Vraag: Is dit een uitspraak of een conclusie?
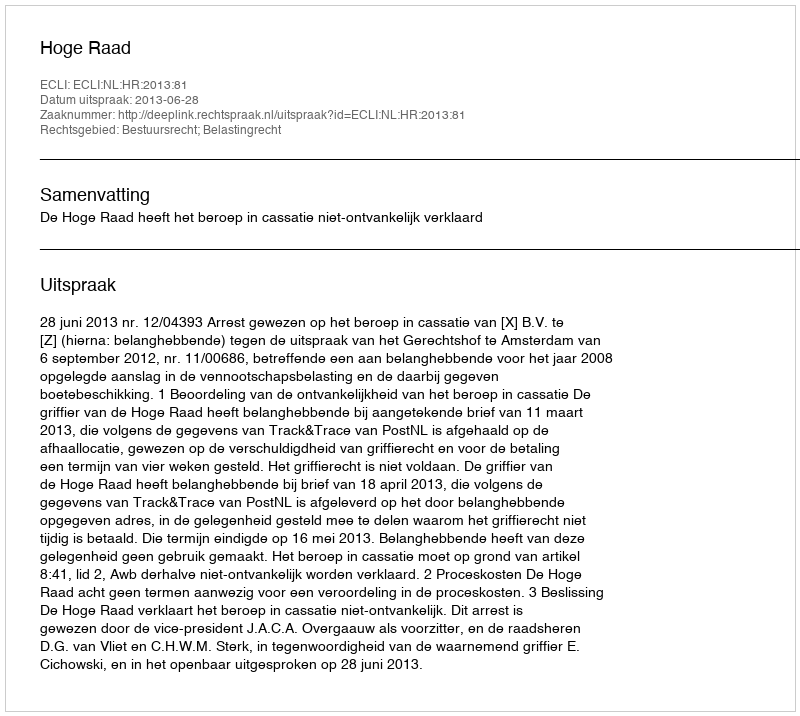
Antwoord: Uitspraak